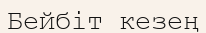
Бейбіт кезең